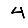
Digit: 4